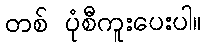
တစ် ပုံစီကူးပေးပါ။